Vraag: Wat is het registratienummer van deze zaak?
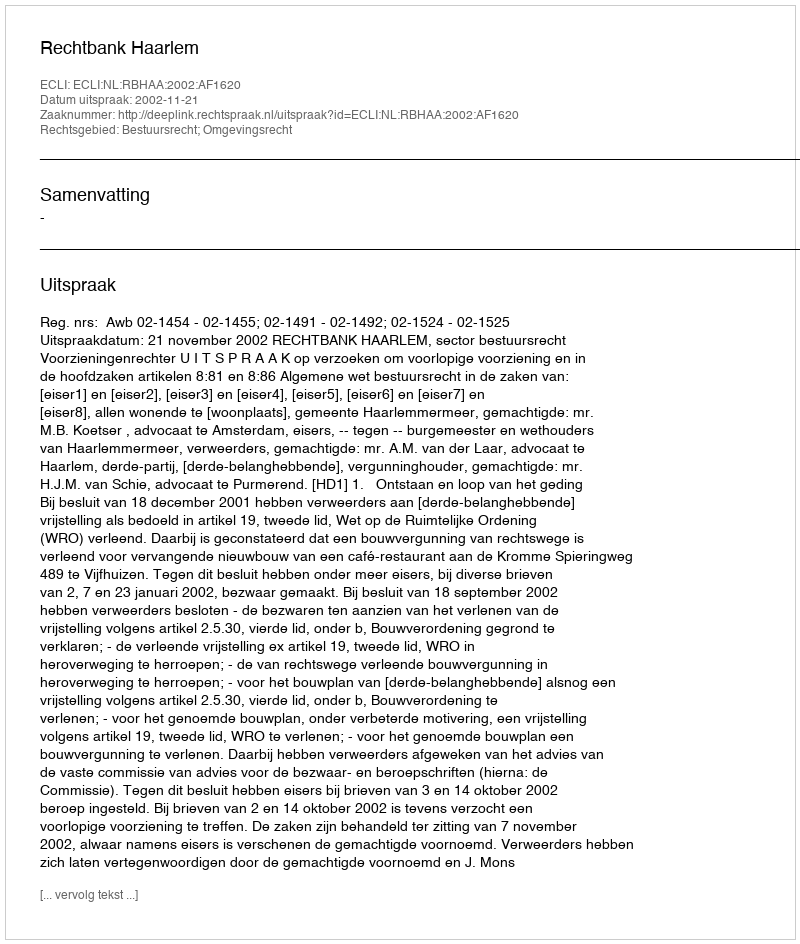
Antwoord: http://deeplink.rechtspraak.nl/uitspraak?id=ECLI:NL:RBHAA:2002:AF1620